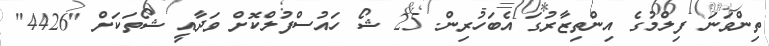
ތިންވަނަ ފިލްމުގެ އިންތިޒާރުގަ އެބަހުރިން. 25 ޝޯ ހައުސްފުލްކޮށް ވަދާއީ ޝޯތަކަށް "4426"